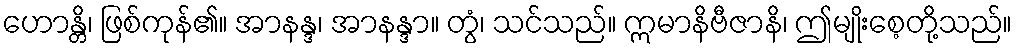
ဟောန္တိ၊ ဖြစ်ကုန်၏။ အာနန္ဒ၊ အာနန္ဒာ။ တွံ၊ သင်သည်။ ဣမာနိဗီဇာနိ၊ ဤမျိုးစေ့တို့သည်။